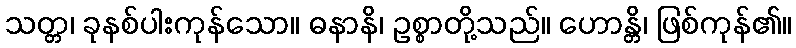
သတ္တ၊ ခုနစ်ပါးကုန်သော။ ဓနာနိ၊ ဥစ္စာတို့သည်။ ဟောန္တိ၊ ဖြစ်ကုန်၏။